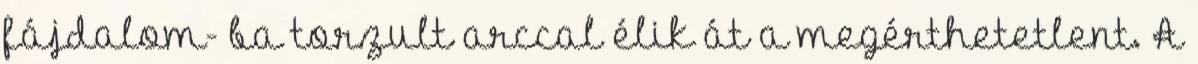
fájdalom- ba torzult arccal élik át a megérthetetlent. A